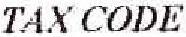
TAX CODE